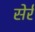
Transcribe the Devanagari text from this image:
सेर्र